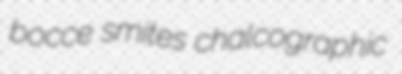
bocce smites chalcographic